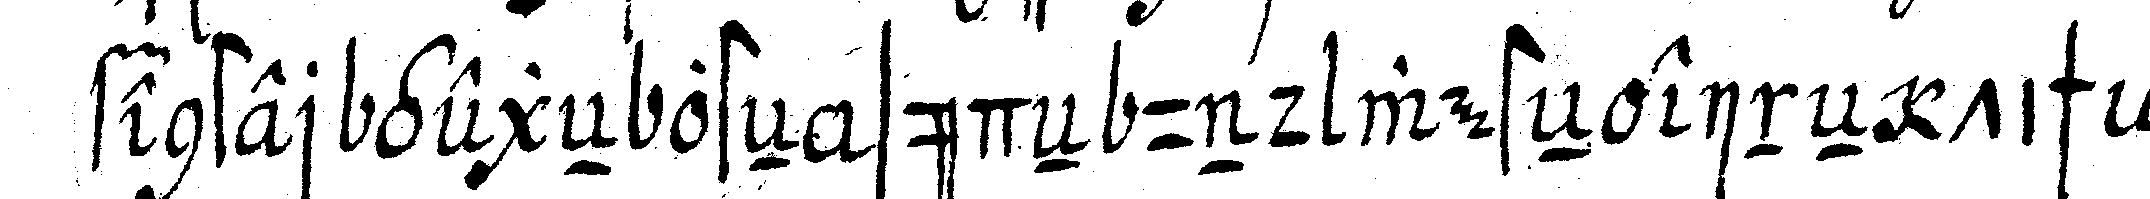
fenster gegeN osteN südeN und westeN eineN tisch